Riigikantselei, lk 50
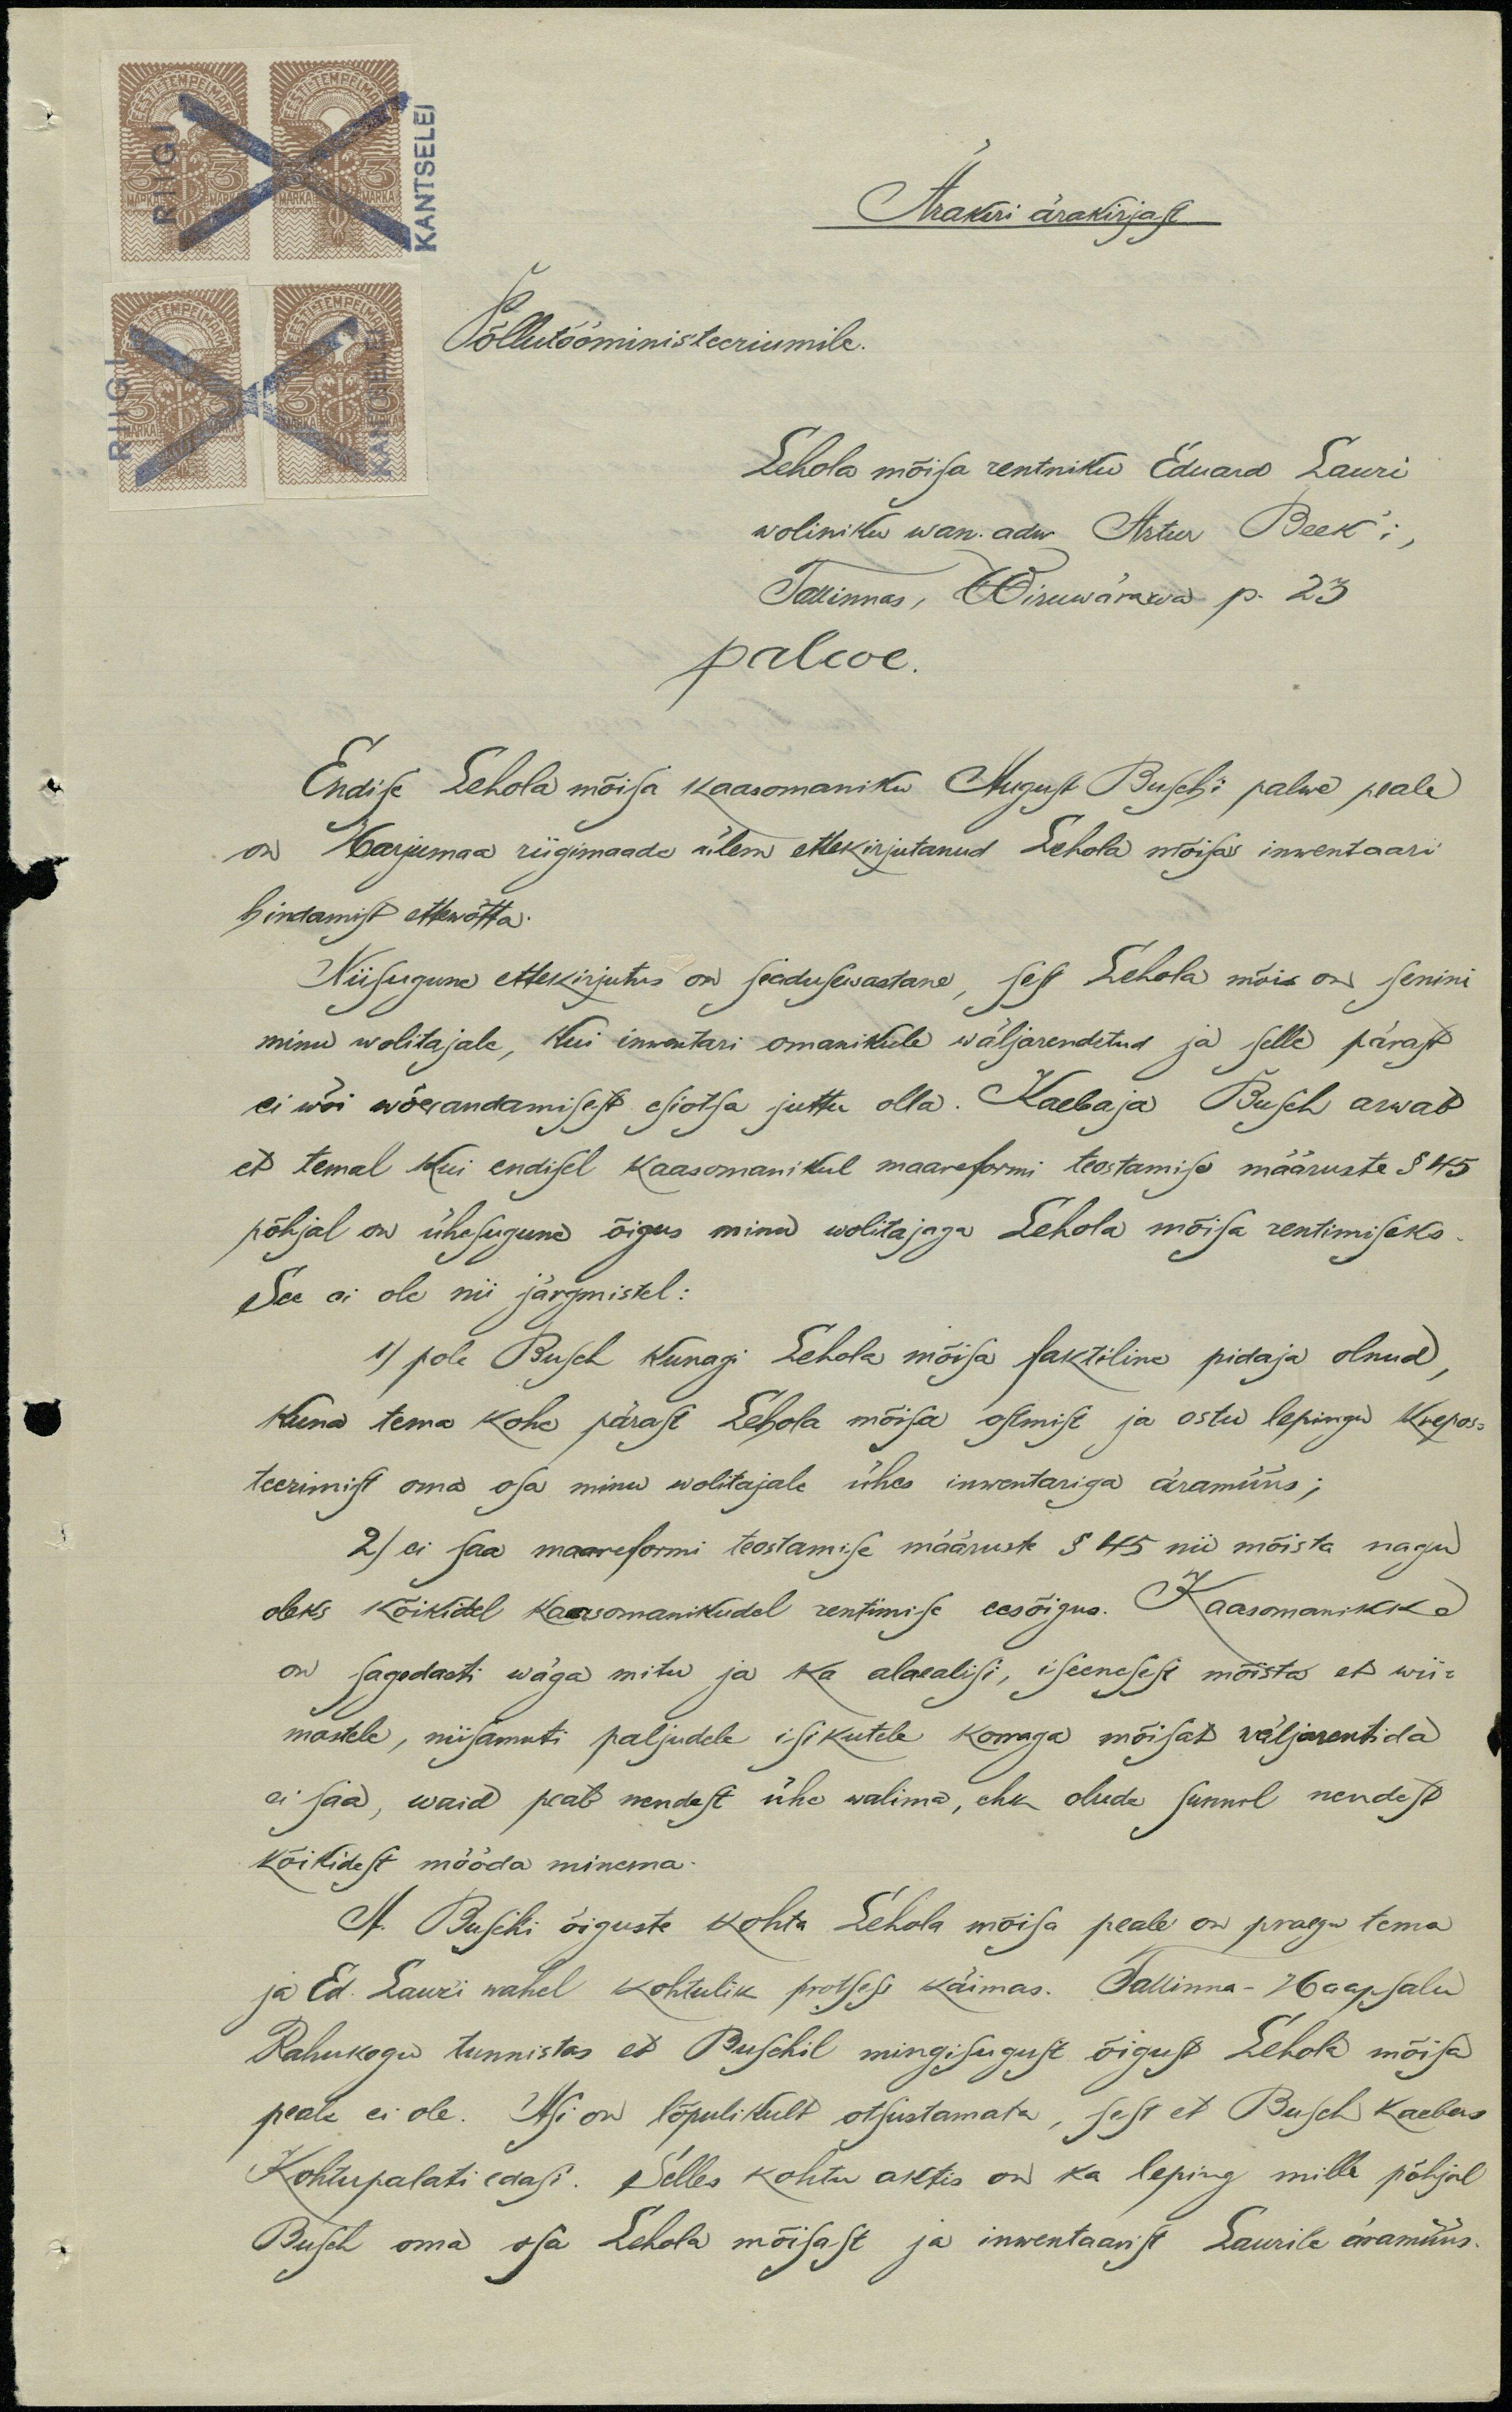
Kantselei
Ärakiri ärakirjast
Põllutööministeeriumile.
Lehola mõisa rentniku Eduard Lauri
woliniku wan. adw Artur Beek'i,
Tallinnas, Wiruwärawa p. 23
palve.
Endise Lehola mõisa kaasomaniku August Busch'i palwe peale
on Harjumaa riigimaade ülem ettekirjutanud Lehola mõisa inwentaari
hindamist ettewõtta.
Niisugune ettekirjutus on seadusewastane, sest Lehola mõis on senini
minu wolitajale, kui inwentari omanikule wäljarenditud ja selle pärast
ei wõi wõerandamisest esiotsa juttu olla. Kaebaja Busch arwab
et temal kui endisel kaasomanikul maareformi teostamise määruste § 45
põhjal on ühesugune õigus minu wolitajaga Lehola mõisa rentimiseks.
See ei ole nii järgmistel:
1) pole Busch kunagi Lehola mõisa faktiline pidaja olnud,
kuna tema kohe pärast Lehola mõisa ostmise ja ostu lepingu krepos-
teerimist oma osa minu wolitajale ühes inwentariga äramüüs;
2) ei saa maareformi teostamise määrust § 45 nii mõista nagu
oleks kõikidel kaasomanikkudel rentimise eesõigus. Kaasomanikke
on sagedasti wäga mitu ja ka alaealisi, iseenesest mõista et wii-
mastele, niisamuti paljudele isikutele korraga mõisat väljarentida
ei saa, waid peab nendest ühe walima, ehk olude sunnil nendest
kõikidest mööda minema.
A. Buschi õiguste kohta Lehola mõisa peale on praegu tema
ja Ed. Lauri wahel kohtulik protsess käimas. Tallinna-Haapsalu
Rahukogu tunnistas et Buschil mingisugust õigust Lehola mõisa
peale ei ole. Asi on lõpulikult otsustamata, sest et Busch kaebas
Kohtupalati edasi. Selles kohtu aktis on ka leping mille põhjal
Busch oma osa Lehola mõisast ja inwentaarist Laurile äramüüs.